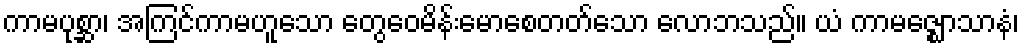
ကာမပုစ္ဆာ၊ အကြင်ကာမဟူသော တွေဝေမိန်းမောစေတတ်သော လောဘသည်။ ယံ ကာမဇ္ဈောသာနံ၊